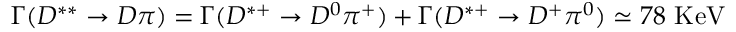
\Gamma ( D ^ { * * } \rightarrow D \pi ) = \Gamma ( D ^ { * + } \rightarrow D ^ { 0 } \pi ^ { + } ) + \Gamma ( D ^ { * + } \rightarrow D ^ { + } \pi ^ { 0 } ) \simeq 7 8 \mathrm { ~ K e V }